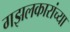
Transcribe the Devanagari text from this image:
गझलकारांच्या